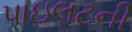
પાઇલટની